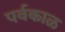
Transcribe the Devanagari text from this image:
पर्वकाळ